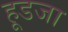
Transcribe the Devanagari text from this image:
हूडजा